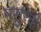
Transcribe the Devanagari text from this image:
मसुरेची